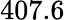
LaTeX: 407.6